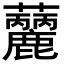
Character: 𧅳